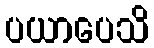
ပယာပေသိ